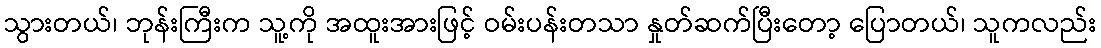
သွားတယ်၊ ဘုန်းကြီးက သူ့ကို အထူးအားဖြင့် ဝမ်းပန်းတသာ နှုတ်ဆက်ပြီးတော့ ပြောတယ်၊ သူကလည်း